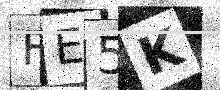
Text: FE5K